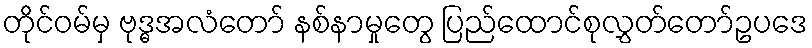
တိုင်ဝမ်မှ ဗုဒ္ဓအလံတော် နစ်နာမှုတွေ ပြည်ထောင်စုလွှတ်တော်ဥပဒေ